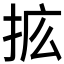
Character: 𰓥